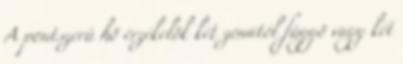
A pontszerû hõ érzékelõk két zónától függõ vagy két